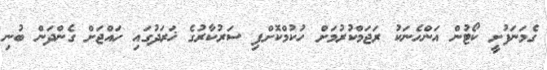
ގެމަނަފުށީ ކޯޓުން އަންހެނަކު ރަޖަމްކުރުމަށް ހުކުމްކޮށްފި ސަރުކާރުގެ ޚަރަދުގައި ހައްޖަށް ގެންދަން ބުނި